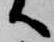
へ